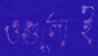
ওগুলোই